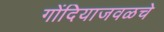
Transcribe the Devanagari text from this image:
गोंदियाजवळचे